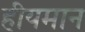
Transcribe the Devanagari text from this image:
हीयमान